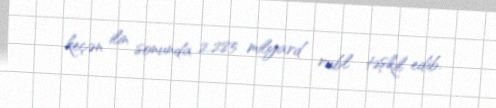
keçən ilin sonunda 2.285 milyard rubl təşkil edib.